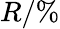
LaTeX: R/\%